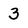
Character: 3